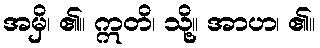
အမှိ၊ ၏။ ဣတိ၊ သို့။ အာဟ၊ ၏။